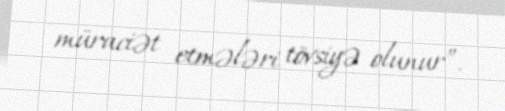
müraciət etmələri tövsiyə olunur”.